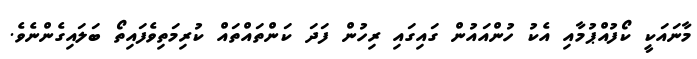
މާނައަކީ ކޯފުއްޕުމާއި އެކު ހުންއައުން ގައިގައި ރިހުން ފަދަ ކަންތައްތައް ކުރިމަތިވެފައިތޯ ބަލައިގެންނެވެ.